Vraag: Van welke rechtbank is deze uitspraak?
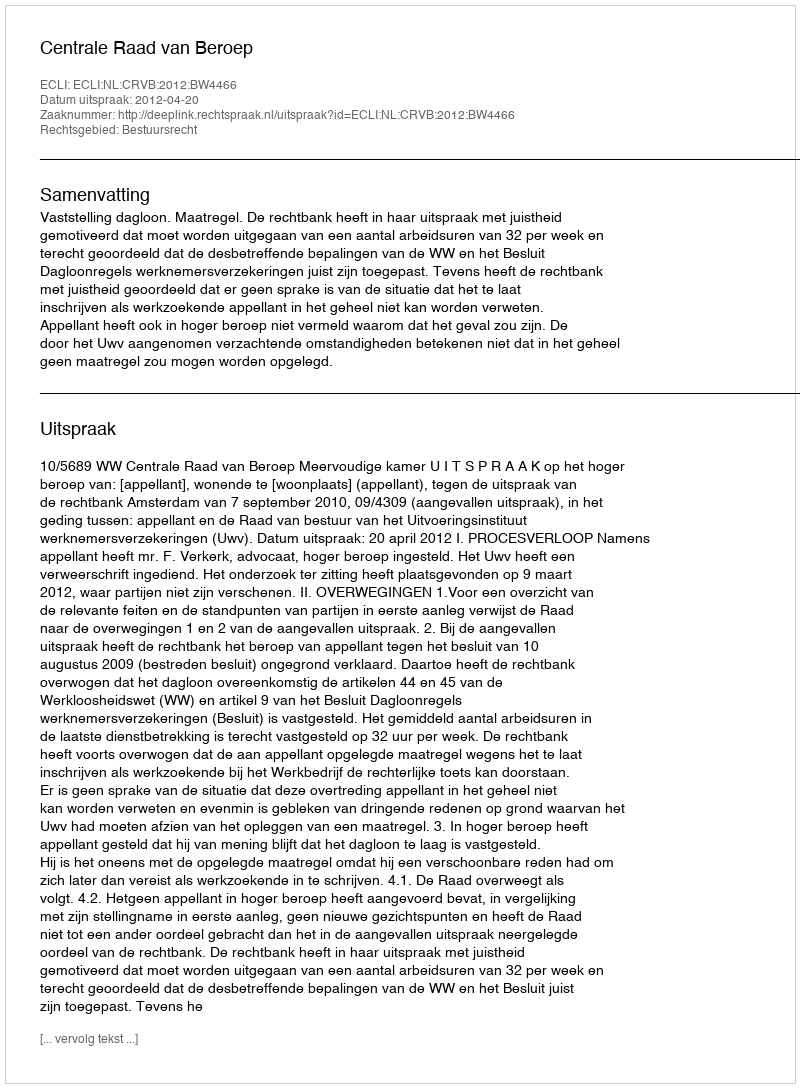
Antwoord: Centrale Raad van Beroep